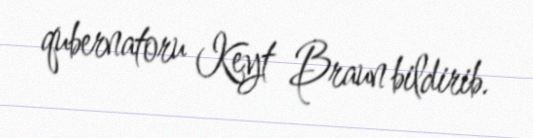
qubernatoru Keyt Braun bildirib.